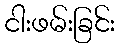
ငါးဖမ်းခြင်း